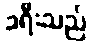
ခရီးသည်